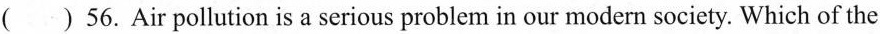
( )56.Air pollution is a serious problem in our modern society.Which of the